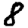
Digit: 8